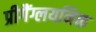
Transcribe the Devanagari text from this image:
प्रीगैंग्लयनिक